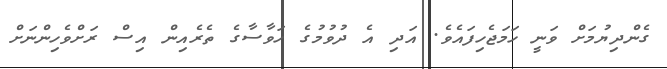
ގެންދިޔުމަށް ވަނީ ހަމަޖެހިފައެވެ. އަދި އެ ދުވުމުގެ ހަވާސާގެ ތެރެއިން އިސް ރަށްވެހިންނަށް